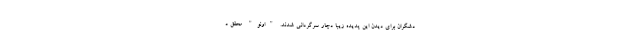
دشگران برای دیدن این پدیده زیبا دچار سرگردانی شدند. "اونو" محقق د